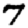
Digit: 7